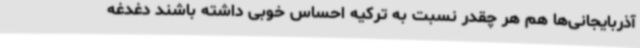
آذربایجانی‌ها هم هر چقدر نسبت به ترکیه احساس خوبی داشته باشند دغدغه